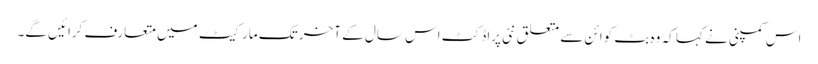
اس کمپنی نے کہا کہ وہ بٹ کوائن سے متعلق نئی پراڈکٹ اس سال کے آخر تک مارکیٹ میں متعارف کرائیں گے۔